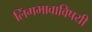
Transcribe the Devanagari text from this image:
लिंगभावाविषयी